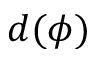
d ( \phi )